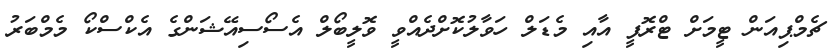
ޗެމްޕިއަން ޓީމަށް ޓްރޮފީ އާއި މެޑަލް ހަވާލުކޮށްދެއްވީ ވޮލީބޯލް އެސޯސިއޭޝަންގެ އެކްސްކޯ މެމްބަރު